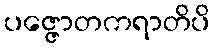
ပဇ္ဇောတကရာတိပိ